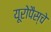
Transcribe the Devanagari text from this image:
यूरोपैस्चे